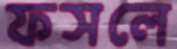
ফসলে